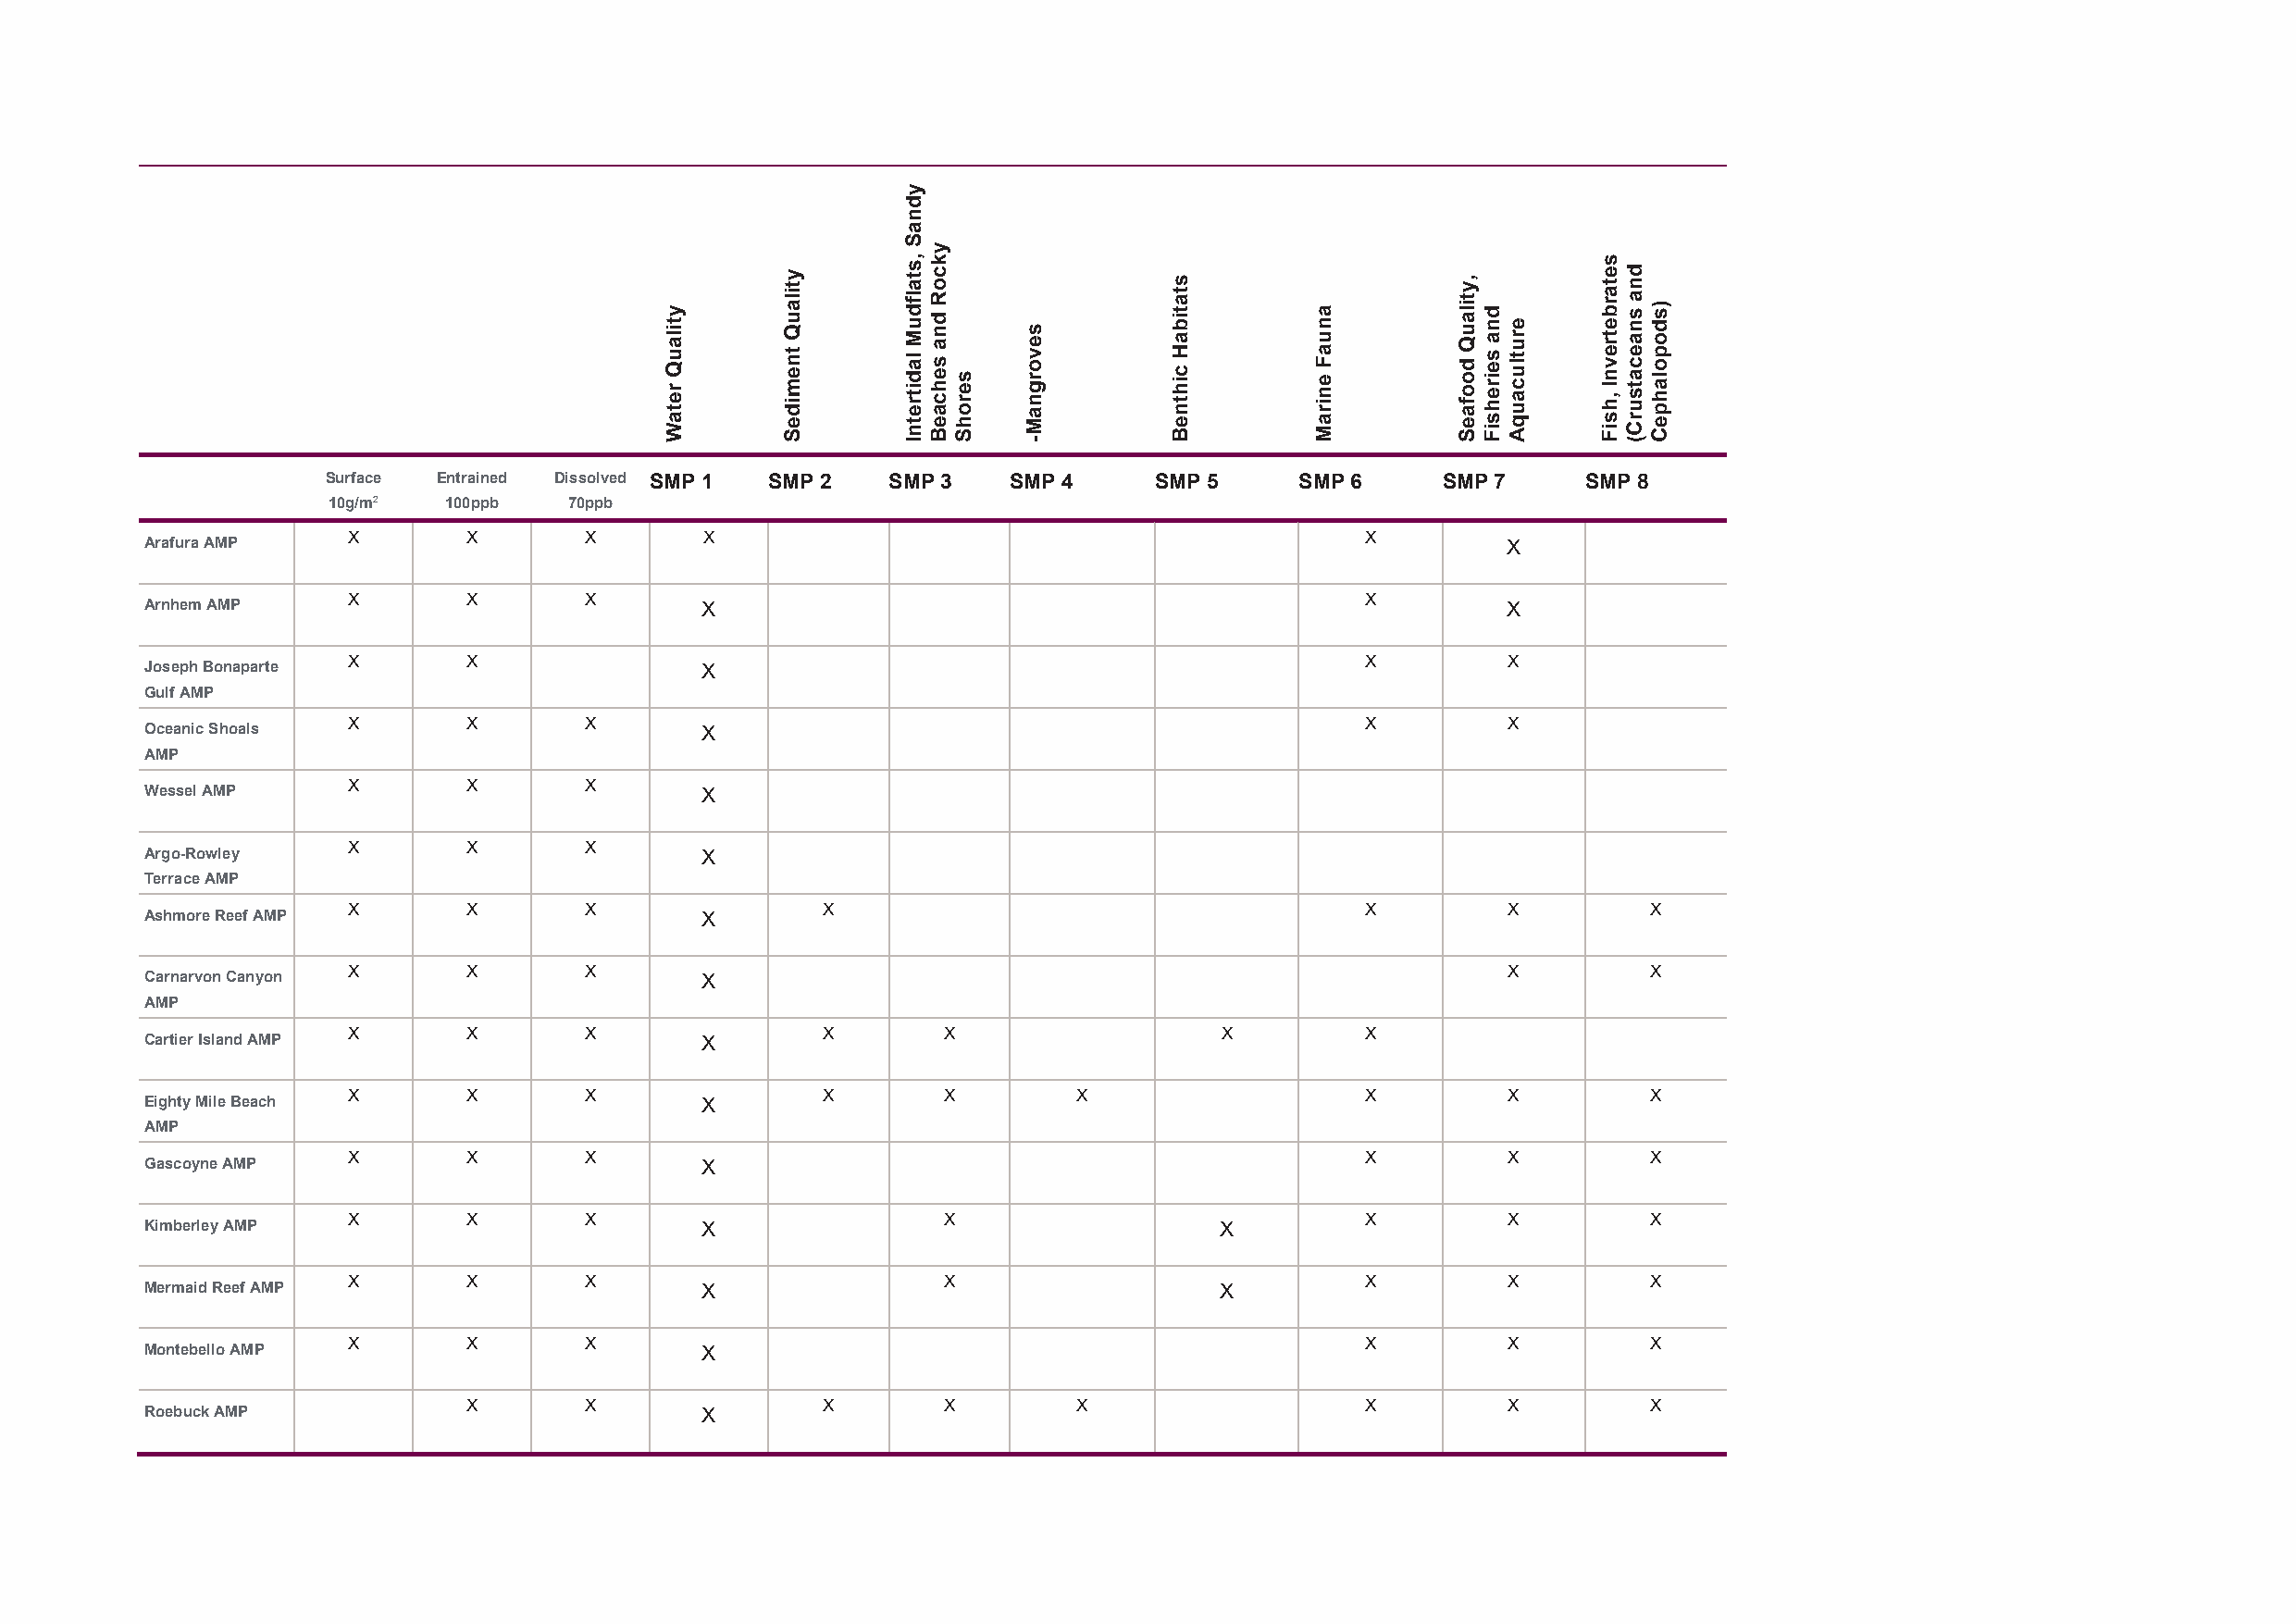
Surface Entrained Dissolved SMP 1 SMP 2  SMP 3   SMP 4      SMP 5     SMP 6     SMP 7     SMP 8
 10g/m2  100ppb   70ppb
 X       X        X       X                                               X
 Arafura AMP                                                                                       X
 X       X        X                                                       X
 Arnhem AMP                              X                                                         X
 X       X                                                                X         X
 Joseph Bonaparte                        X
 Gulf AMP
 X       X        X                                                       X         X
 Oceanic Shoals                          X
 AMP
 X       X        X
 Wessel AMP                              X
 X       X        X
 Argo-Rowley                             X
 Terrace AMP
 X       X        X                X                                      X         X         X
 Ashmore Reef AMP                        X
 X       X        X                                                                 X         X
 Carnarvon Canyon                        X
 AMP
 X       X        X                X       X                   X          X
 Cartier Island AMP                      X
 X       X        X                X       X         X                    X         X         X
 Eighty Mile Beach                       X
 AMP
 X       X        X                                                       X         X         X
 Gascoyne AMP                            X
 X       X        X                        X                              X         X         X
 Kimberley AMP                           X                                    X
 X       X        X                        X                              X         X         X
 Mermaid Reef AMP                        X                                    X
 X       X        X                                                       X         X         X
 Montebello AMP                          X
 X        X                X       X         X                    X         X         X
 Roebuck AMP                             X
 ytilauQ
 retaW
 ytilauQ
 tnemideS
 ydnaS
 ,stalfduM
 laditretnI
 ykcoR
 dna
 sehcaeB
 serohS
 sevorgnaM-
 statibaH
 cihtneB
 anuaF
 eniraM
 ,ytilauQ
 doofaeS
 dna
 seirehsiF
 erutlucauqA
 setarbetrevnI
 ,hsiF
 dna
 snaecatsurC( )sdopolahpeC